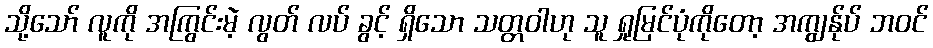
သို့သော် လူကို အကြွင်းမဲ့ လွတ် လပ် ခွင့် ရှိသော သတ္တဝါဟု သူ ရှုမြင်ပုံကိုတော့ အကျွန်ုပ် ဘဝင်